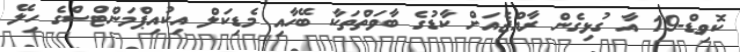
ކޮވިޑް-19 އާ ގުޅިގެން ރާއްޖެއަށް ކާޑުގެ ބާވަތްތަކާ ބޭހާއި މެޑިކަލް އިކުއިޕްމަންޓްސްގެ ހިލޭ